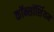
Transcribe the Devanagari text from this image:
कॉन्सॉर्शियम